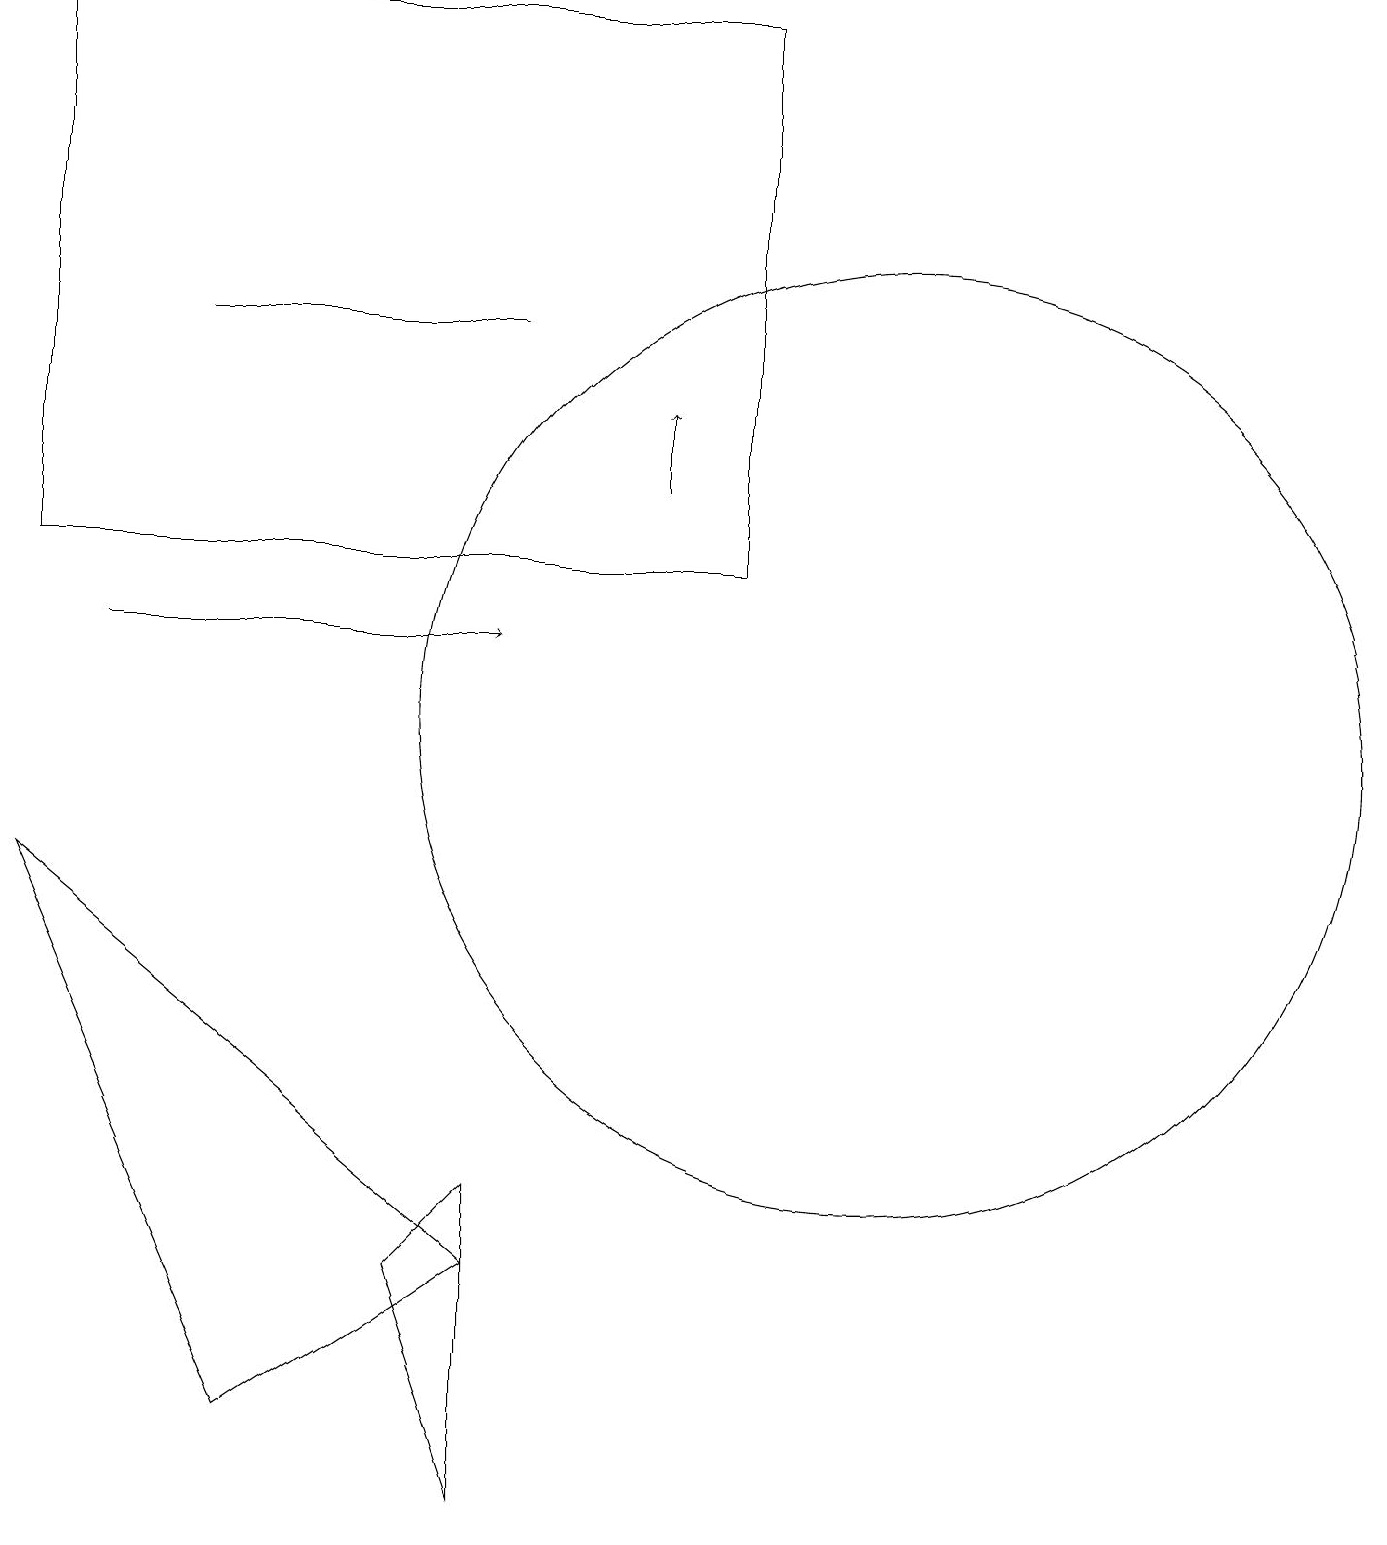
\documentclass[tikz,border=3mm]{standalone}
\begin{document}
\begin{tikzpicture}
\draw (11,10) circle (6);
\draw[->] (1,11) -- (6,11);
\draw (5,3) -- (6,4) -- (6,0) -- cycle;
\draw[->] (8,13) -- (8,14);
\draw (0,8) -- (6,3) -- (3,1) -- cycle;
\draw (2,15) rectangle (6,15);
\draw (0,19) rectangle (9,12);
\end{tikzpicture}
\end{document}